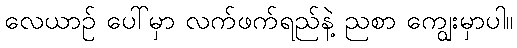
လေယာဉ် ပေါ်မှာ လက်ဖက်ရည်နဲ့ ညစာ ကျွေးမှာပါ။